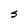
Character: s